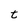
Character: t